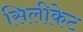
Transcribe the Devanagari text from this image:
सिलीकेट